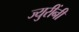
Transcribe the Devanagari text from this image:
ज्युरींनी